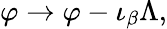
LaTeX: \varphi\to\varphi-\iota_{\beta}\Lambda,